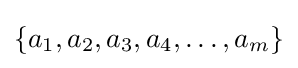
\{a_{1},a_{2},a_{3},a_{4},\ldots ,a_{m}\}